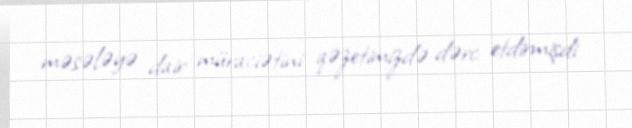
məsələyə dair müraciətini qəzetimizdə dərc etdirmişdi .